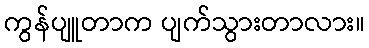
ကွန်ပျူတာက ပျက်သွားတာလား။